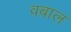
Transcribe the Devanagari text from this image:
वबाल